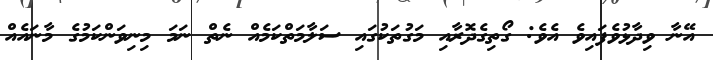
އޭނާ ވިދާޅުވެފައިވެ އެވެ: ގޯތިގެދޮރާއި މަގުތަކުގައި ސަލާމަތްކަމެއް ނެތް ނަމަ މިނިވަންކަމުގެ މާނައެއް